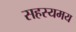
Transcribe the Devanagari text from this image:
सहस्यमय